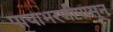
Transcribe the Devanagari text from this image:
पायाभरणीपासून